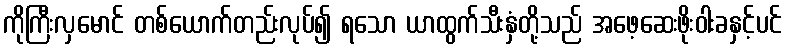
ကိုကြီးလှမောင် တစ်ယောက်တည်းလုပ်၍ ရသော ယာထွက်သီးနှံတို့သည် အဖေ့ဆေးဖိုးဝါးခနှင့်ပင်